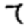
Digit: 7